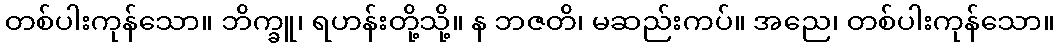
တစ်ပါးကုန်သော။ ဘိက္ခူ၊ ရဟန်းတို့သို့။ န ဘဇတိ၊ မဆည်းကပ်။ အညေ၊ တစ်ပါးကုန်သော။